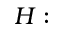
H :